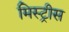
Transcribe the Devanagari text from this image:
मिस्ट्रीस